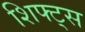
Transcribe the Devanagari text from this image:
शिफ्ट्स